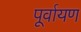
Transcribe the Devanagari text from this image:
पूर्वायण